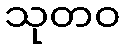
သုတဝ